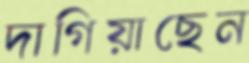
দাগিয়াছেন